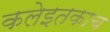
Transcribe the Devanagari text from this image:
कलेइतकाच